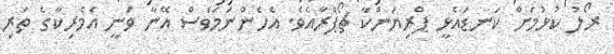
ރޯލު ކުޅުމަށް ކަނޑައެޅީ ޕްރިޔަންކާ ޗޯޕްރާއެވެ. އެހެންނަމަވެސް އޭނާ ވަނީ އެމެރިކާގެ ތަރި